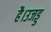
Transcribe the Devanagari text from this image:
है।उजड्ड